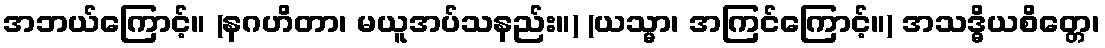
အဘယ်ကြောင့်။ (နဂဟိတာ၊ မယူအပ်သနည်း။) (ယသ္မာ၊ အကြင်ကြောင့်။) အသဒ္ဓိယစိတ္တေ၊